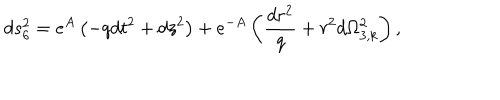
d s _ { 6 } ^ { 2 } = e ^ { A } \left( - q d t ^ { 2 } + d z ^ { 2 } \right) + e ^ { - A } \left( \frac { d r ^ { 2 } } { q } + r ^ { 2 } d \Omega _ { 3 , k } ^ { 2 } \right) ,